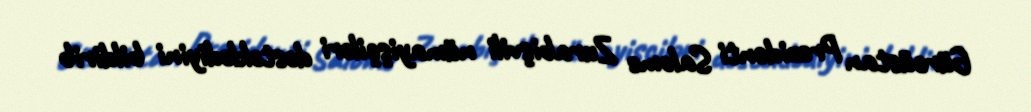
Gürcüstan Prezidenti Salome Zurabişvili nümayişçiləri dəstəklədiyini bildirib